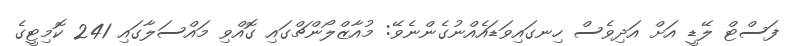
ފަސްޓް ލޭޑީ އަށް އަދިވެސް ހިނގައިވަޑައެއްނުގެންނެވޭ: މުއާޒްލޯންޗްގައި ގޮއްވި މައްސަލާގައި 241 ކޮމިޓީގެ